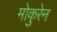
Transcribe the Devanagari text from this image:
मोकुरेन